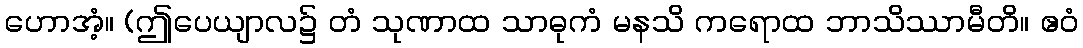
ဟောအံ့။ (ဤပေယျာလ၌ တံ သုဏာထ သာဓုကံ မနသိ ကရောထ ဘာသိဿာမီတိ။ ဧဝံ